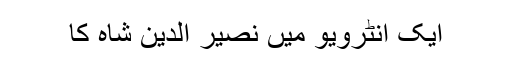
ایک انٹرویو میں نصیر الدین شاہ کا